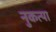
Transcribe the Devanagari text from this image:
नुकत्या